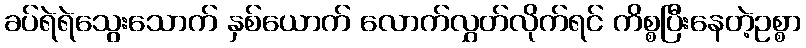
ခပ်ရဲရဲသွေးသောက် နှစ်ယောက် လောက်လွှတ်လိုက်ရင် ကိစ္စပြီးနေတဲ့ဥစ္စာ